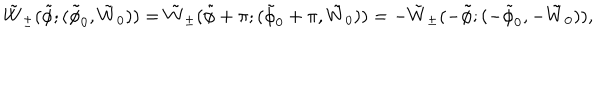
\tilde { W } _ { \pm } ( \tilde { \phi } ; ( \tilde { \phi } _ { 0 } , \tilde { W } _ { 0 } ) ) = \tilde { W } _ { \pm } ( \tilde { \phi } + \pi ; ( \tilde { \phi } _ { 0 } + \pi , \tilde { W } _ { 0 } ) ) = - \tilde { W } _ { \pm } ( - \tilde { \phi } ; ( - \tilde { \phi } _ { 0 } , - \tilde { W } _ { 0 } ) ) ,